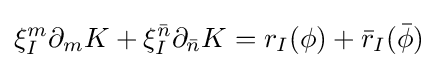
\xi _{I}^{m}\partial _{m}K+\xi _{I}^{\bar {n}}\partial _{\bar {n}}K=r_{I}(\phi )+{\bar {r}}_{I}({\bar {\phi }})